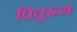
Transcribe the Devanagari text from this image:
पितुरून